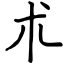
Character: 朮